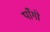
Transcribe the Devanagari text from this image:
पाँगो